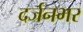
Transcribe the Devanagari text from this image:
दर्जनभर